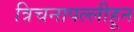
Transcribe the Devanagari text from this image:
त्रिचनापल्लीहून